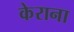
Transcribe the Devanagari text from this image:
केराना